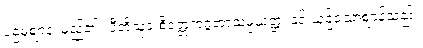
ပဌမံဈာနံ၊ မည်၏။ ပီတိသုခ စိတ္တေကဂ္ဂတာသမ္ပယုတ္တံ၊ နှင့် ယှဉ်သောဈာန်သည်။